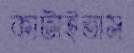
কাটাইতাম